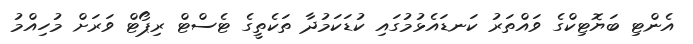
އެންޓި ބަޔޮޓިކްގެ ވައްތަރު ކަނޑައެޅުމުގައި ކުޑަކަމުދާ ތަކެތީގެ ޓެސްޓް ރިޕޯޓް ވަރަށް މުހިއްމު